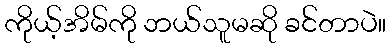
ကိုယ့်အိမ်ကို ဘယ်သူမဆို ခင်တာပဲ။